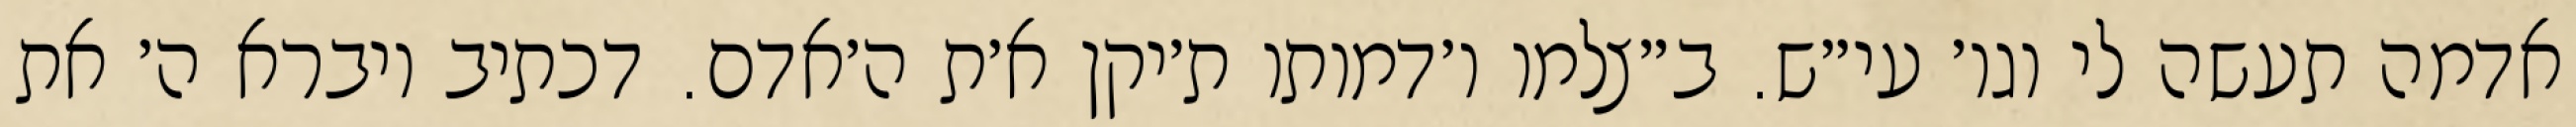
אדמה תעשה לי וגו׳ עי״ש. ב״צלמו ו׳דמותו ת׳יקן א׳ת ה׳אדם. דכתיב ויברא ה׳ את